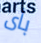
بأى